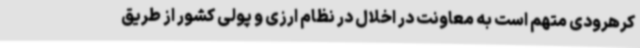
کرهرودی متهم است به معاونت در اخلال در نظام ارزی و پولی کشور از طریق